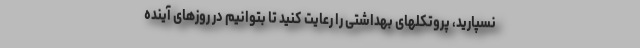
نسپارید، پروتکلهای بهداشتی را رعایت کنید تا بتوانیم در روزهای آینده